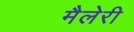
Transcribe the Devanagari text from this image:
मैलेरी